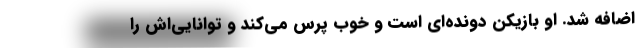
اضافه شد. او بازیکن دونده‌ای است و خوب پرس می‌کند و توانایی‌اش را